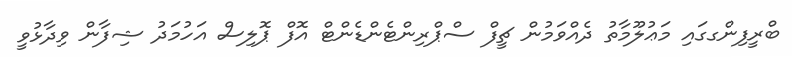
ބްރީފިންގގައި މަޢުލޫމާތު ދެއްވަމުން ޗީފް ސްޕްރިންޓެންޑެންޓް އޮފް ޕޮލިސް އަހުމަދު ޝިފާން ވިދާޅުވީ